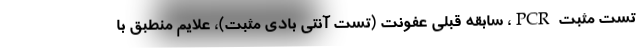
تست مثبت PCR، سابقه قبلی عفونت (تست آنتی بادی مثبت)، علایم منطبق با